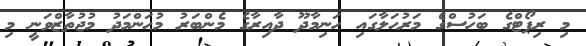
މި ރިޕޯޓްގެ ބަހުސްގެ މަރުޙަލާގައި ހަނިމާދޫ ދާއިރާގެ މެންބަރު މުޙަންމަދު މުޖުތާޒްވަނީ މި